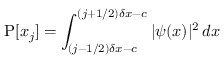
\operatorname { P } [ x _ { j } ] = \int _ { ( j - 1 / 2 ) \delta x - c } ^ { ( j + 1 / 2 ) \delta x - c } | \psi ( x ) | ^ { 2 } \, d x